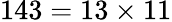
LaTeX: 143=13\times 11